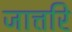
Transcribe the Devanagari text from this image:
जात्तरि